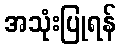
အသုံးပြုရန်